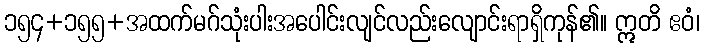
၁၅၄+၁၅၅+အထက်မဂ်သုံးပါးအပေါင်းလျင်လည်းလျောင်းရာရှိကုန်၏။ ဣတိ ဧဝံ၊